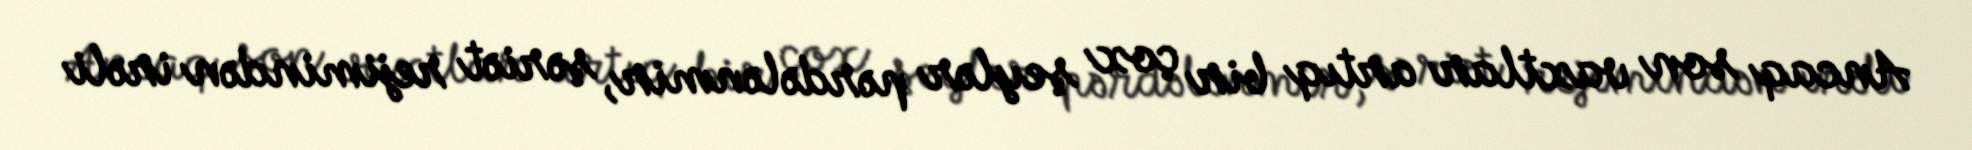
Ancaq son vaxtlar artıq bir çox şeylər pərdələnmir, şəriət rejimindən irəli